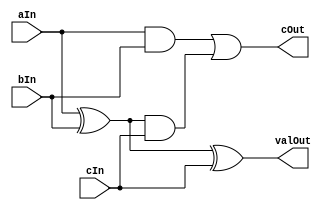
module fullAdder(valOut, cOut, aIn, bIn, cIn);
output valOut, cOut;
input aIn, bIn, cIn;
wire inter1, inter2, inter3, inter4;

xor x1(inter1, aIn, bIn);
xor x2(valOut, inter1, cIn);
and a0(inter3, aIn, bIn);
and a1(inter4, inter1, cIn);
or o0(cOut, inter3, inter4);

endmodule